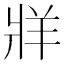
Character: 牂